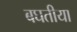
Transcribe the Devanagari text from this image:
बघतीया